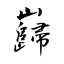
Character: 巋